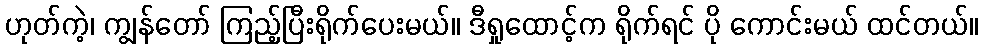
ဟုတ်ကဲ့၊ ကျွန်တော် ကြည့်ပြီးရိုက်ပေးမယ်။ ဒီရှုထောင့်က ရိုက်ရင် ပို ကောင်းမယ် ထင်တယ်။